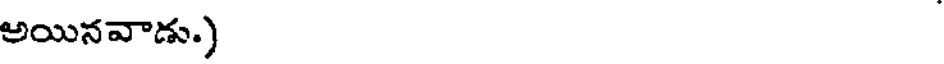
అయినవాడు.)